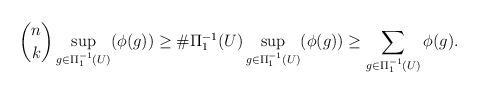
LaTeX: \begin{align*} \binom{n}{k}\sup_{g\in\Pi_1^{-1}(U)}(\phi(g))\geq \#\Pi_1^{-1}(U)\sup_{g\in\Pi_1^{-1}(U)}(\phi(g))\geq\sum_{g\in\Pi_1^{-1}(U)}\phi(g).\end{align*}